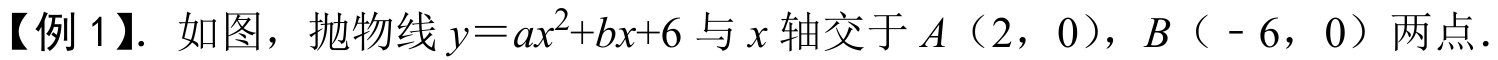
【例 1】. 如图，抛物线\(y = ax^{2}+bx + 6\)与\(x\)轴交于\(A(2,0)\)，\(B(-6,0)\)两点．